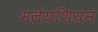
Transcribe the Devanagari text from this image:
मलेयशियन